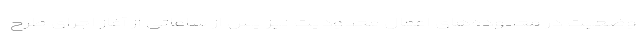
وضعیت در محدوده‌های اعمال محدودیت نیز پس از ساعاتی از آغاز اجرای طرح